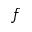
f